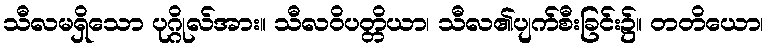
သီလမရှိသော ပုဂ္ဂိုလ်အား။ သီလဝိပတ္တိယာ၊ သီလ၏ပျက်စီးခြင်း၌။ တတိယော၊